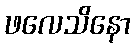
ဖလေသိနော